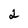
Character: 2